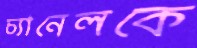
চ্যানেলকে